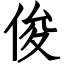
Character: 俊